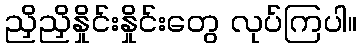
ညှိညှိနှိုင်းနှိုင်းတွေ လုပ်ကြပါ။